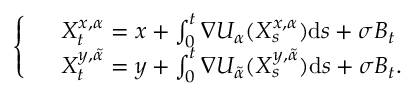
\left\{ \begin{array} { l l } & { X _ { t } ^ { x , \alpha } = x + \int _ { 0 } ^ { t } \nabla U _ { \alpha } ( X _ { s } ^ { x , \alpha } ) \mathrm { d } s + \sigma B _ { t } } \\ & { X _ { t } ^ { y , \tilde { \alpha } } = y + \int _ { 0 } ^ { t } \nabla U _ { \tilde { \alpha } } ( X _ { s } ^ { y , \tilde { \alpha } } ) \mathrm { d } s + \sigma B _ { t } . } \end{array} \right.